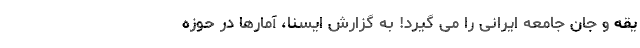
یقه و جان جامعه ایرانی را می گیرد! به گزارش ایسنا، آمارها در حوزه